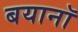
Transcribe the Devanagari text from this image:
बयानॉ